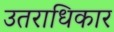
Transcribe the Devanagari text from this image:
उतराधिकार